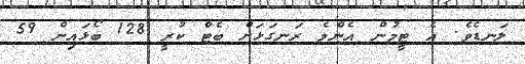
ލަނޑެވެ. އެ ޓީމުން އެންމެ ރަނގަޅަށް ބެޓް ކުރީ 128 ބޯޅައިން 59